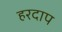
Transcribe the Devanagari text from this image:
हरदाप